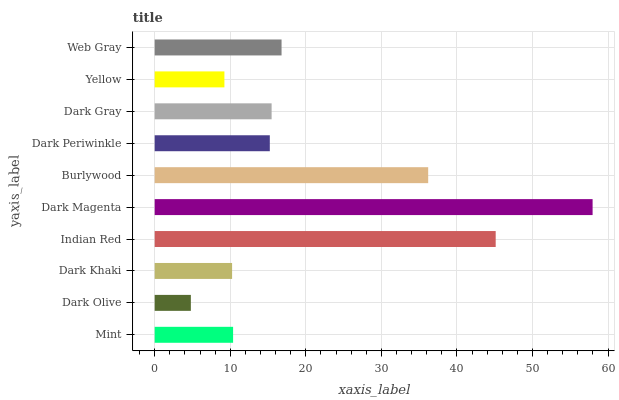
| yaxis_label | bars |
 | --- | --- |
 | Mint | 10.4 |
 | Dark Olive | 4.79 |
 | Dark Khaki | 10.2 |
 | Indian Red | 45.1 |
 | Dark Magenta | 58 |
 | Burlywood | 36.2 |
 | Dark Periwinkle | 15.2 |
 | Dark Gray | 15.5 |
 | Yellow | 9.23 |
 | Web Gray | 16.8 |